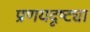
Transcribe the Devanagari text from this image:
प्रणयदृष्ट्या